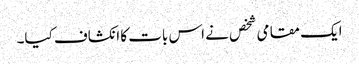
ایک مقامی شخص نے اس بات کا انکشاف کیا۔